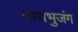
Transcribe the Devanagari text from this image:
नाथभुजंग